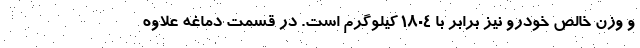
و وزن خالص خودرو نیز برابر با 1804 کیلوگرم است. در قسمت دماغه علاوه